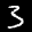
Label: 3